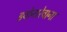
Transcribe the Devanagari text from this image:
झ्वोनारेवाना